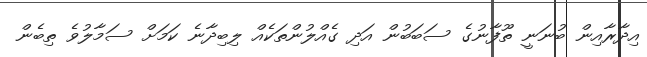
އިދާރާއިން ބުނަނީ ތޫފާނުގެ ސަބަބުން އަދި ގެއްލުންތަކެއް ލިބިދާނެ ކަމަށް ސަމާލުވެ ތިބެން